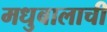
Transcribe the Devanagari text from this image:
मधुबालाची